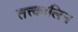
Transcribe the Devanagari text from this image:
तत्त्कालिन